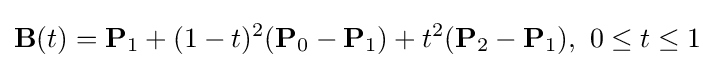
\mathbf {B} (t)=\mathbf {P} _{1}+(1-t)^{2}(\mathbf {P} _{0}-\mathbf {P} _{1})+t^{2}(\mathbf {P} _{2}-\mathbf {P} _{1}),\ 0\leq t\leq 1